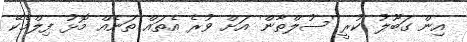
އިން ގަބޫލު ކުރީ 'ސުލްތާން' އަށް ވުރެ އެތައް ތަނެއް މޮޅު ފިލްމެކޭ